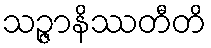
သဉ္ဇာနိဿတီတိ